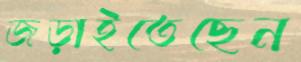
জড়াইতেছেন